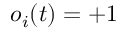
o _ { i } ( t ) = + 1